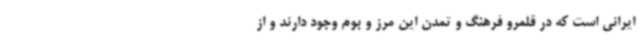
ایرانی است که در قلمرو فرهنگ و تمدن این مرز و بوم وجود دارند و از